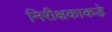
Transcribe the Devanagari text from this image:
निरीक्षकाकडे